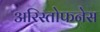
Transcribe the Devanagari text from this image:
अरिस्तोफनेस